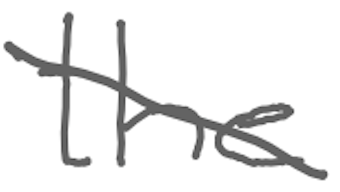
Text: the
Cross-out: diagonal
Writing tool: digital_gray